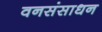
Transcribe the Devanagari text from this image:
वनसंसाधन